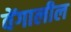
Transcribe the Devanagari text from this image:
वेंगालील